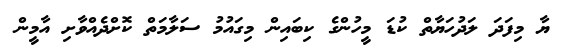
ޔާ މިފަދަ ލަދުހަޔާތް ކުޑަ މީހުންގެ ކިބައިން މިގައުމު ސަލާމަތް ކޮށްދެއްވާށި އާމީން